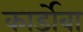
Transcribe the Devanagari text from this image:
कार्डोबा